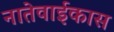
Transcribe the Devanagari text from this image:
नातेवाईकास